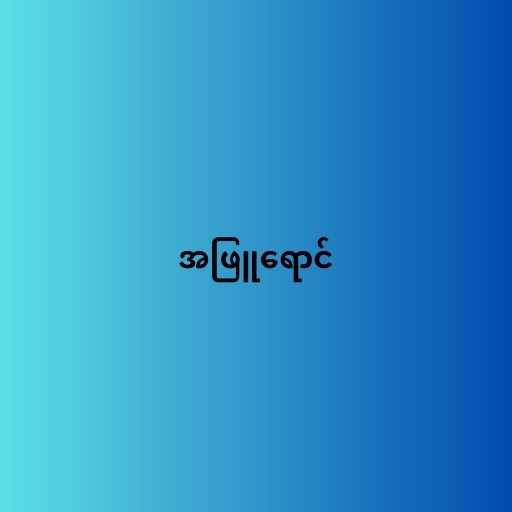
အဖြူရောင်